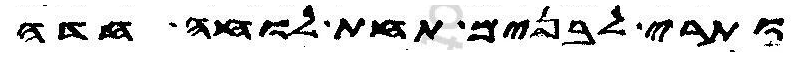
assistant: ותרי לבנים תחת לוחה חדה